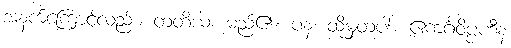
အနက်ကြောင့်လည်း။ တတိယံ၊ မည်၏။ ပန၊ ထိုမှတပါး။ ဧကင်္ဂဝိပ္ပဟီနံ